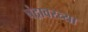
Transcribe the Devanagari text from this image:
चंद्रावरच्या